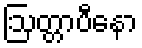
ဩတ္တာပီနော